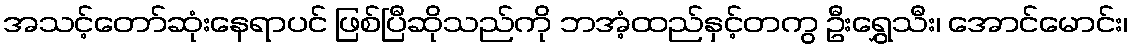
အသင့်တော်ဆုံးနေရာပင် ဖြစ်ပြီဆိုသည်ကို ဘအံ့ထည်နှင့်တကွ ဦးရွှေသီး၊ အောင်မောင်း၊